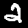
Label: 2